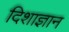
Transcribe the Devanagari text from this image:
दिशाज्ञान